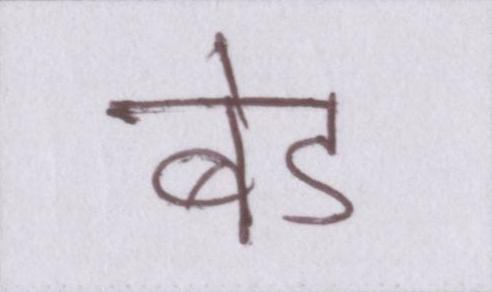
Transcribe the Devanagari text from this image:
बेड